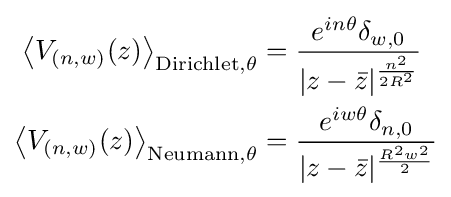
{\begin{aligned}\left\langle V_{(n,w)}(z)\right\rangle _{{\text{Dirichlet}},\theta }&={\frac {e^{in\theta }\delta _{w,0}}{|z-{\bar {z}}|^{\frac {n^{2}}{2R^{2}}}}}\\\left\langle V_{(n,w)}(z)\right\rangle _{{\text{Neumann}},\theta }&={\frac {e^{iw\theta }\delta _{n,0}}{|z-{\bar {z}}|^{\frac {R^{2}w^{2}}{2}}}}\end{aligned}}